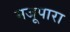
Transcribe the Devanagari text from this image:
मजूपारा